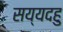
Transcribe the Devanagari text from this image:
सय्यदहु